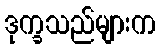
ဒုက္ခသည်များက